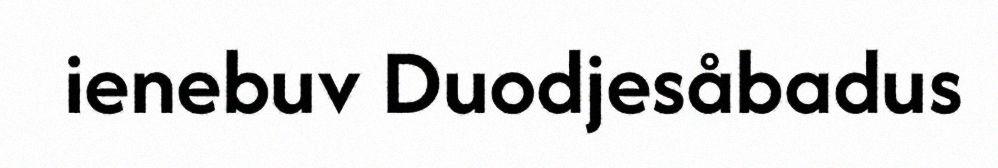
ienebuv Duodjesåbadus